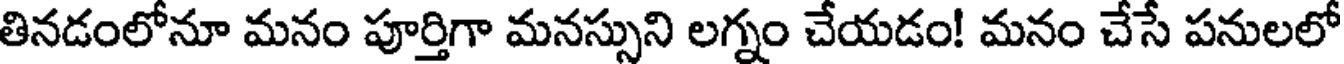
తినడంలోనూ మనం పూర్తిగా మనస్సుని లగ్నం చేయడం! మనం చేసే పనులలో